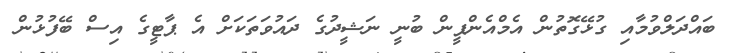
ބައްދަލްވުމާއި ގުޅޭގޮތުން އެމްއެންޕީން ބުނީ ނަޝީދުގެ ދައުވަތަކަށް އެ ޕާޓީގެ އިސް ބޭފުޅުން